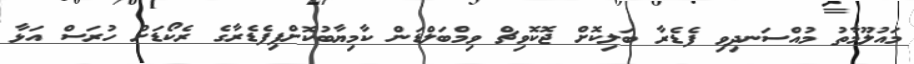
މައުލޫމާތު މުއްސަނދިވި ފެޑެރާ ބަލިކޮށް ޖޮކޮވިޗް ވިމްބަލްޑަން ކާމިޔާބުކޮށްފިފެޑެރާގެ ރެކޯޑަށް ހުރަސް އަޅާ